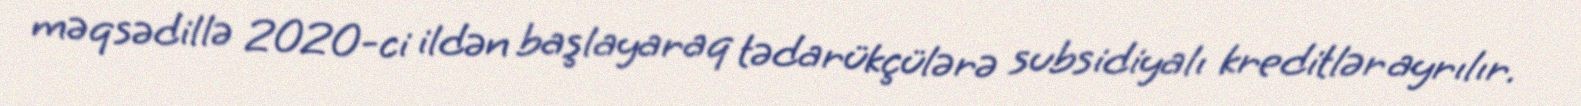
məqsədillə 2020-ci ildən başlayaraq tədarükçülərə subsidiyalı kreditlər ayrılır.